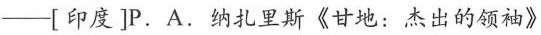
——[印度]P.A.纳扎里斯《甘地：杰出的领袖》